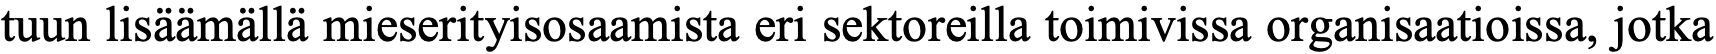
tuun lisäämällä mieserityisosaamista eri sektoreilla toimivissa organisaatioissa, jotka